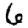
Digit: 6